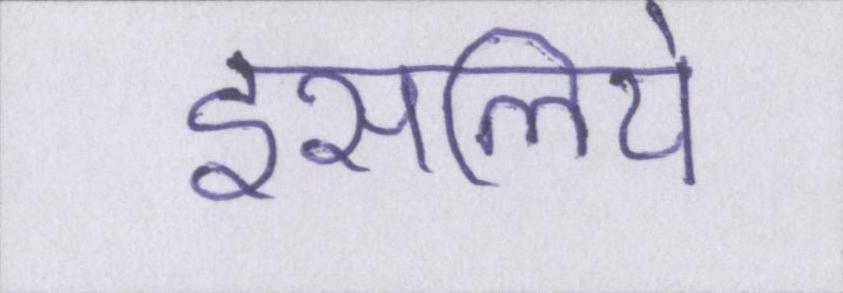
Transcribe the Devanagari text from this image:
इसलिये